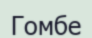
Гомбе